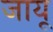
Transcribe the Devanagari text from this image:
जायू